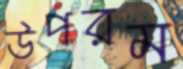
উপরম